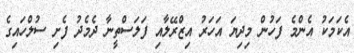
އެކަމަކު އެންމެ ފަހުން މިދިޔަ އަހަރު އިޒްރޭލާއި ފަލަސްތީނާ ދެމެދު ފެށި ސުލްހައިގެ